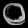
Digit: ၀